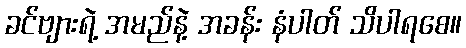
ခင်ဗျားရဲ့ အမည်နဲ့ အခန်း နံပါတ် သိပါရစေ။